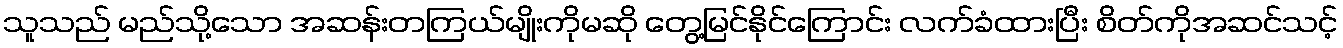
သူသည် မည်သို့သော အဆန်းတကြယ်မျိုးကိုမဆို တွေ့မြင်နိုင်ကြောင်း လက်ခံထားပြီး စိတ်ကိုအဆင်သင့်